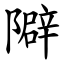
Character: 隦